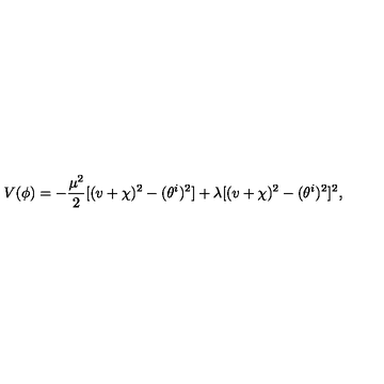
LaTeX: V ( \phi ) = - \frac { \mu ^ { 2 } } { 2 } [ ( v + \chi ) ^ { 2 } - ( \theta ^ { i } ) ^ { 2 } ] + \lambda [ ( v + \chi ) ^ { 2 } - ( \theta ^ { i } ) ^ { 2 } ] ^ { 2 } ,